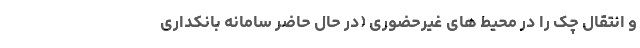
و انتقال چک را در محیط های غیرحضوری (در حال حاضر سامانه بانکداری